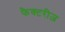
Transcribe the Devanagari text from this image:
फैक्टरीज़